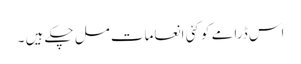
اس ڈرامے کو کئی انعامات مل چکے ہیں ۔